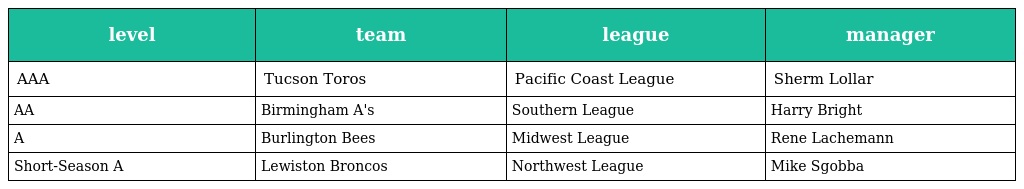
| level | team | league | manager |
 | --- | --- | --- | --- |
 | AAA | Tucson Toros | Pacific Coast League | Sherm Lollar |
 | AA | Birmingham A's | Southern League | Harry Bright |
 | A | Burlington Bees | Midwest League | Rene Lachemann |
 | Short-Season A | Lewiston Broncos | Northwest League | Mike Sgobba |